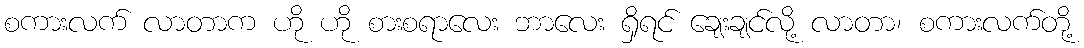
စကားလက် လာတာက ဟို ဟို စားစရာလေး ဘာလေး ရှိရင် ချေးချင်လို့ လာတာ၊ စကားလက်တို့